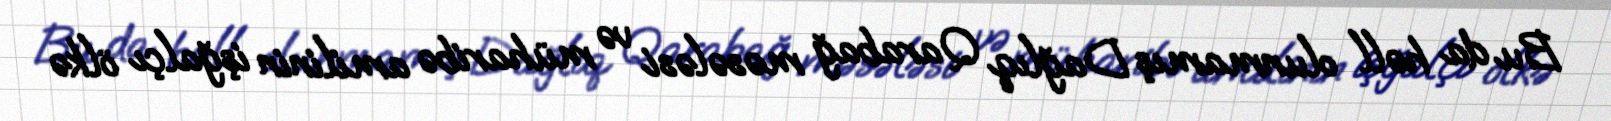
Bu da həll olunmamış Dağlıq Qarabağ məsələsi və müharibə amilinin işğalçı ölkə